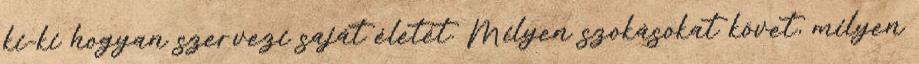
ki-ki hogyan szervezi saját életét. Milyen szokásokat követ, milyen